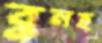
বুনছ